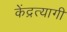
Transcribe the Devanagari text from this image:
केंद्रत्यागी